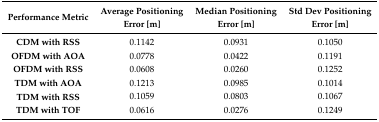
<table><thead><tr><td><b>Performance Metric</b></td><td><b>Average PositioningError [m]</b></td><td><b>Median PositioningError [m]</b></td><td><b>Std Dev PositioningError [m]</b></td></tr></thead><tbody><tr><td><b>CDM with RSS</b></td><td>0.1142</td><td>0.0931</td><td>0.1050</td></tr><tr><td><b>OFDM with AOA</b></td><td>0.0778</td><td>0.0422</td><td>0.1191</td></tr><tr><td><b>OFDM with RSS</b></td><td>0.0608</td><td>0.0260</td><td>0.1252</td></tr><tr><td><b>TDM with AOA</b></td><td>0.1213</td><td>0.0985</td><td>0.1014</td></tr><tr><td><b>TDM with RSS</b></td><td>0.1059</td><td>0.0803</td><td>0.1067</td></tr><tr><td><b>TDM with TOF</b></td><td>0.0616</td><td>0.0276</td><td>0.1249</td></tr></tbody></table>